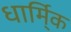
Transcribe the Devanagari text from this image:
धार्मि्क